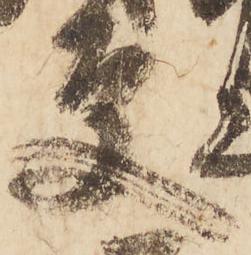
更